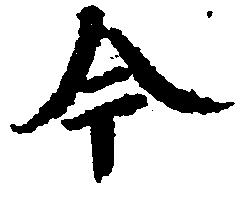
今